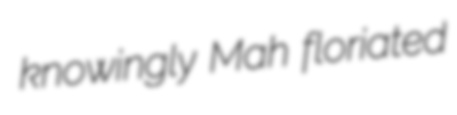
knowingly Mah floriated